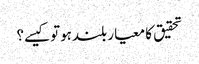
تحقیق کا معیار بلندہوتوکیسے؟